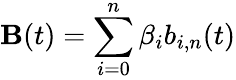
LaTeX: \mathbf{B}(t)=\sum_{i=0}^{n}\beta_{i}b_{i,n}(t)